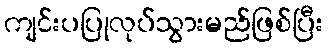
ကျင်းပပြုလုပ်သွားမည်ဖြစ်ပြီး